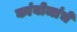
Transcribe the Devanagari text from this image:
कांबोजांचे